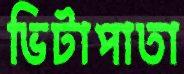
ভিটাপাতা